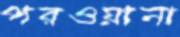
পরওয়ানা